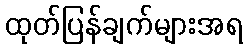
ထုတ်ပြန်ချက်များအရ